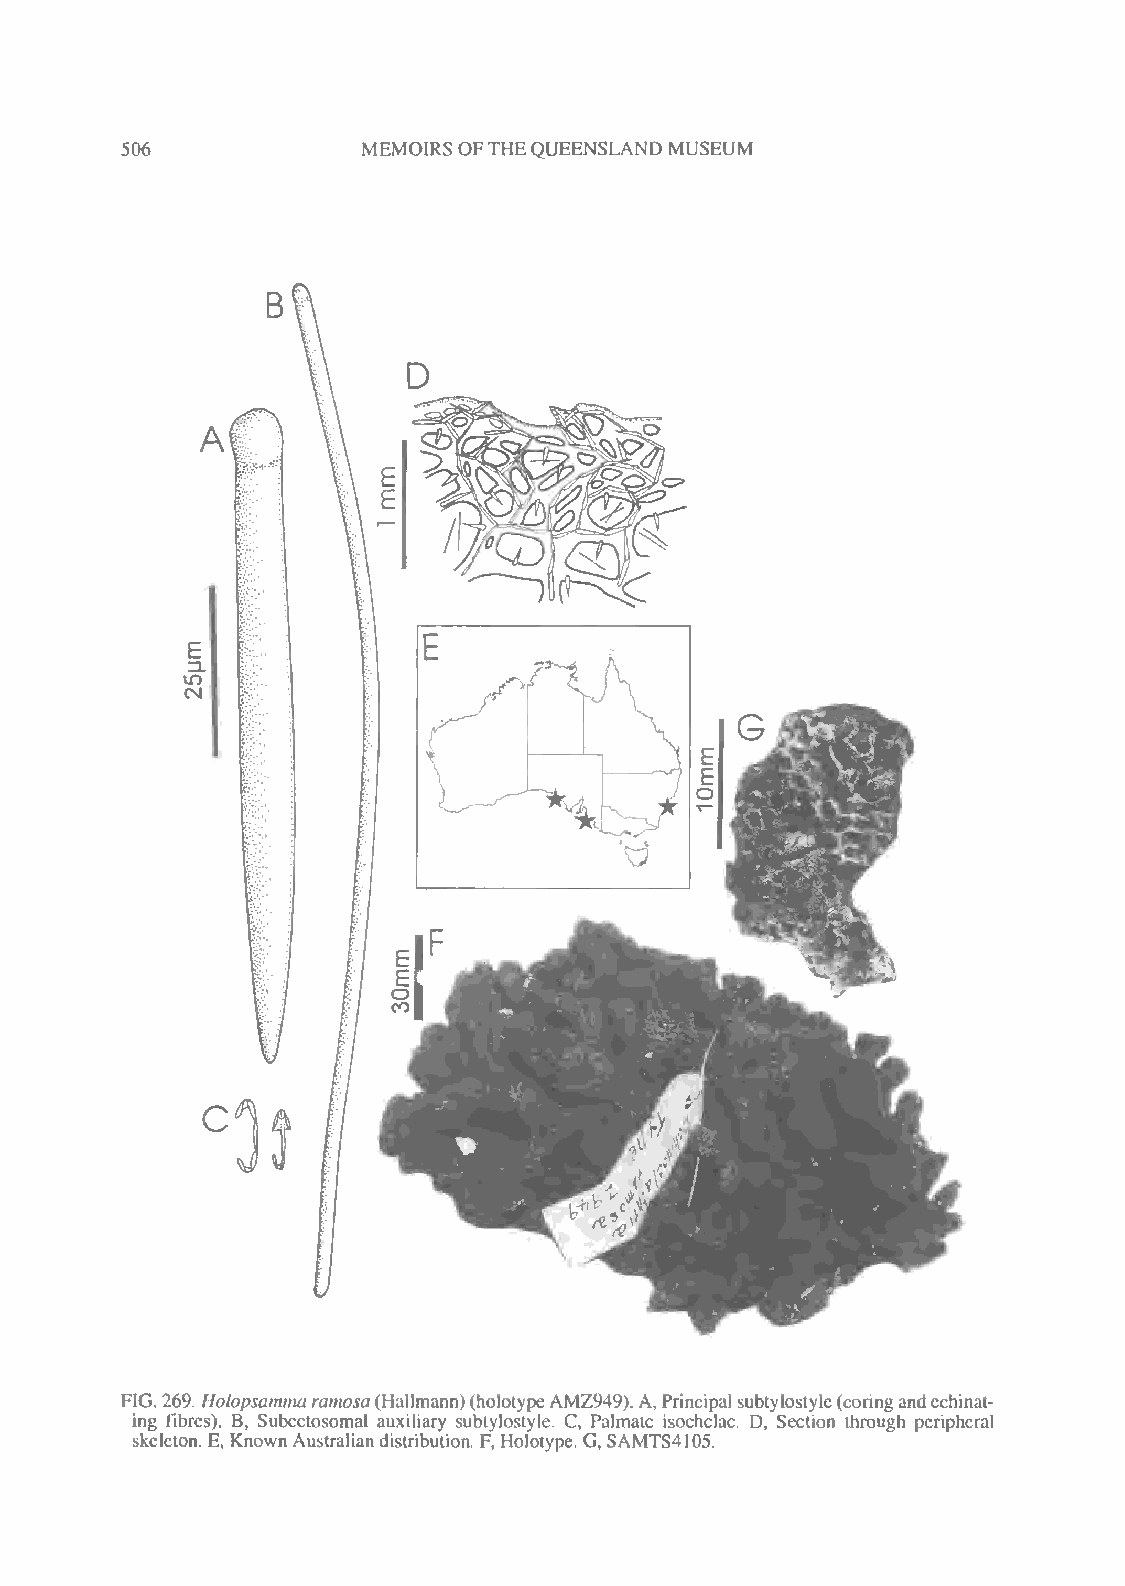
506             MEMOIRS OFTHEQUEENSLAND MUSEUM
 FIG. 269. Holopsammaramosa(Hallmann)(holotypeAMZ949).A,Principal subtylostyle(coringandcchinat-
 ing fibres). B, Subectosomal auxiliary subtylostyle. C, Palmate isochelae. D, Section through peripheral
 skeleton. E, Known Australiandistribution. F, Holotype. G, SAMTS4105.